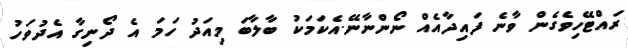
ރައްޓޭހިވެގެން ވާނެ ފައިދާއެއް ނޯންނާނޭ.އެކަމަކު ބާލާބަ މިއަދު ހަމަ އެ ދޯނިގާ އެދުވަހު